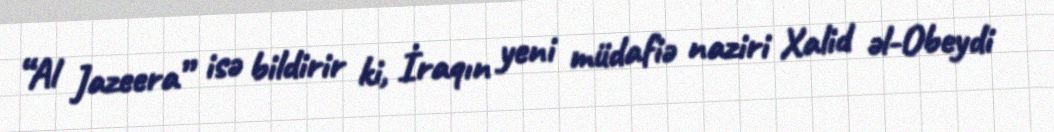
“Al Jazeera” isə bildirir ki, İraqın yeni müdafiə naziri Xalid əl-Obeydi